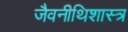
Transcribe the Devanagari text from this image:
जैवनीथिशास्त्र